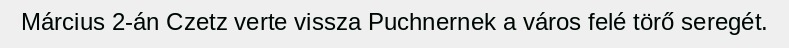
Március 2-án Czetz verte vissza Puchnernek a város felé törő seregét.